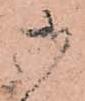
御